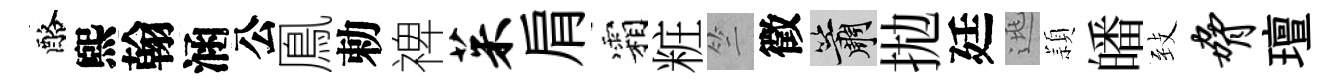
酪煕翰涵公鳯勅禆茱肩霜粧竺徵簫拋廷逃頴皤𦤺胁璮